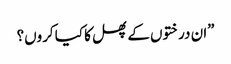
”ان درختوں کے پھل کا کیا کروں؟